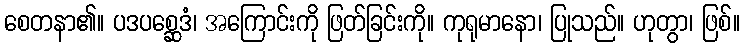
စေတနာ၏။ ပဒပစ္ဆေဒံ၊ အကြောင်းကို ဖြတ်ခြင်းကို။ ကုရုမာနော၊ ပြုသည်။ ဟုတွာ၊ ဖြစ်။